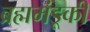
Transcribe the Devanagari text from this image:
ब्रह्ममंडूकी